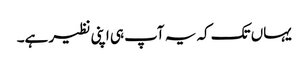
یہاں تک کہ یہ آپ ہی اپنی نظیر ہے۔